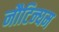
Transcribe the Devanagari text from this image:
नौटिन्घम